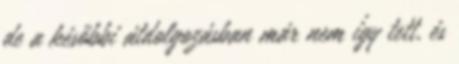
de a későbbi átdolgozásban már nem így tett, és